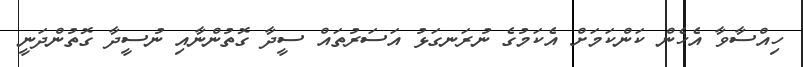
ހިއްސާވާ އެހެން ކަންކަމަށް އެކަމުގެ ނުރަނގަޅު އަސަރުތައް ސީދާ ގޮތުންނާއި ނުސީދާ ގޮތުންދަނީ